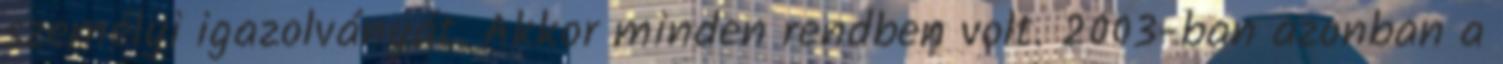
személyi igazolványát. Akkor minden rendben volt. 2003-ban azonban a